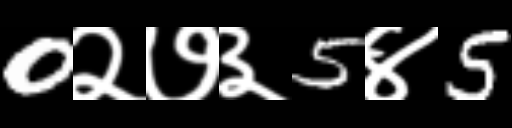
Text: 0२७३5४5